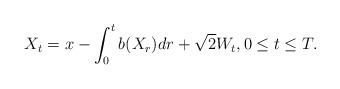
LaTeX: \begin{align*}X_t=x-\int_0^t b(X_r)dr + \sqrt{2}W_t, 0 \leq t \leq T.\end{align*}